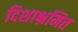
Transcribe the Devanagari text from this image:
दिशाभ्रमित